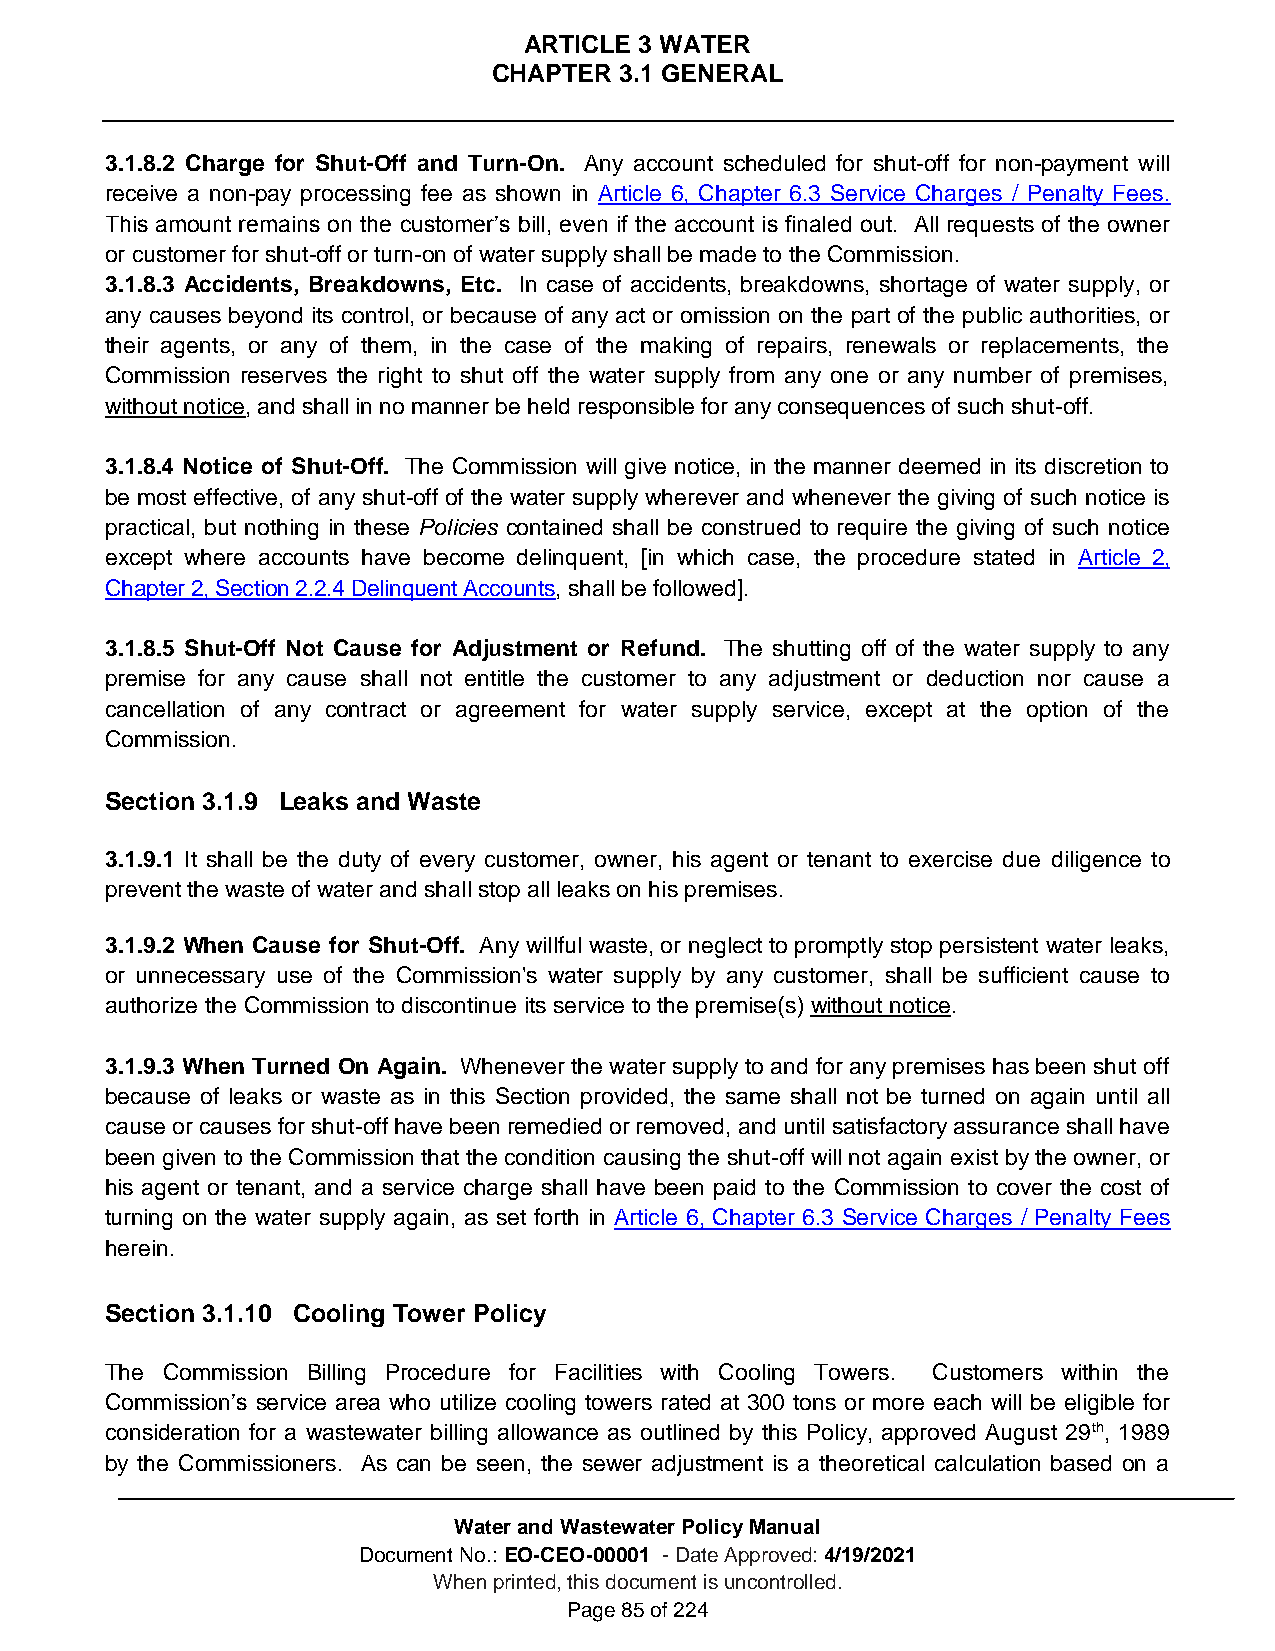
ARTICLE 3 WATER
 CHAPTER 3.1 GENERAL
 3.1.8.2 Charge for Shut-Off and Turn-On. Any account scheduled for shut-off for non-payment will
 receive a non-pay processing fee as shown in Article 6, Chapter 6.3 Service Charges / Penalty Fees.
 This amount remains on the customer’s bill, even if the account is finaled out. All requests of the owner
 or customer for shut-off or turn-on of water supply shall be made to the Commission.
 3.1.8.3 Accidents, Breakdowns, Etc. In case of accidents, breakdowns, shortage of water supply, or
 any causes beyond its control, or because of any act or omission on the part of the public authorities, or
 their agents, or any of them, in the case of the making of repairs, renewals or replacements, the
 Commission reserves the right to shut off the water supply from any one or any number of premises,
 without notice, and shall in no manner be held responsible for any consequences of such shut-off.
 3.1.8.4 Notice of Shut-Off. The Commission will give notice, in the manner deemed in its discretion to
 be most effective, of any shut-off of the water supply wherever and whenever the giving of such notice is
 practical, but nothing in these Policies contained shall be construed to require the giving of such notice
 except where accounts have become delinquent, [in which case, the procedure stated in Article 2,
 Chapter 2, Section 2.2.4 Delinquent Accounts, shall be followed].
 3.1.8.5 Shut-Off Not Cause for Adjustment or Refund. The shutting off of the water supply to any
 premise for any cause shall not entitle the customer to any adjustment or deduction nor cause a
 cancellation of any contract or agreement for water supply service, except at the option of the
 Commission.
 Section 3.1.9 Leaks and Waste
 3.1.9.1 It shall be the duty of every customer, owner, his agent or tenant to exercise due diligence to
 prevent the waste of water and shall stop all leaks on his premises.
 3.1.9.2 When Cause for Shut-Off. Any willful waste, or neglect to promptly stop persistent water leaks,
 or unnecessary use of the Commission's water supply by any customer, shall be sufficient cause to
 authorize the Commission to discontinue its service to the premise(s) without notice.
 3.1.9.3 When Turned On Again. Whenever the water supply to and for any premises has been shut off
 because of leaks or waste as in this Section provided, the same shall not be turned on again until all
 cause or causes for shut-off have been remedied or removed, and until satisfactory assurance shall have
 been given to the Commission that the condition causing the shut-off will not again exist by the owner, or
 his agent or tenant, and a service charge shall have been paid to the Commission to cover the cost of
 turning on the water supply again, as set forth in Article 6, Chapter 6.3 Service Charges / Penalty Fees
 herein.
 Section 3.1.10 Cooling Tower Policy
 The Commission Billing Procedure for Facilities with Cooling Towers. Customers within the
 Commission’s service area who utilize cooling towers rated at 300 tons or more each will be eligible for
 consideration for a wastewater billing allowance as outlined by this Policy, approved August 29th, 1989
 by the Commissioners. As can be seen, the sewer adjustment is a theoretical calculation based on a
 Water and Wastewater Policy Manual
 Document No.: EO-CEO-00001 - Date Approved: 4/19/2021
 When printed, this document is uncontrolled.
 Page 85 of 224